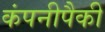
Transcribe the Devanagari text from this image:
कंपनीपैकी